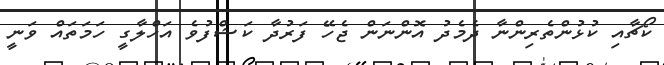
ކޯޗާއި ކުޅުންތެރިންނާ ދެމެދު އޮންނަން ޖެހޭ ފަރުދާ ކަޝްފުވެ އަހްލާގީ ހަމަތައް ވަނީ